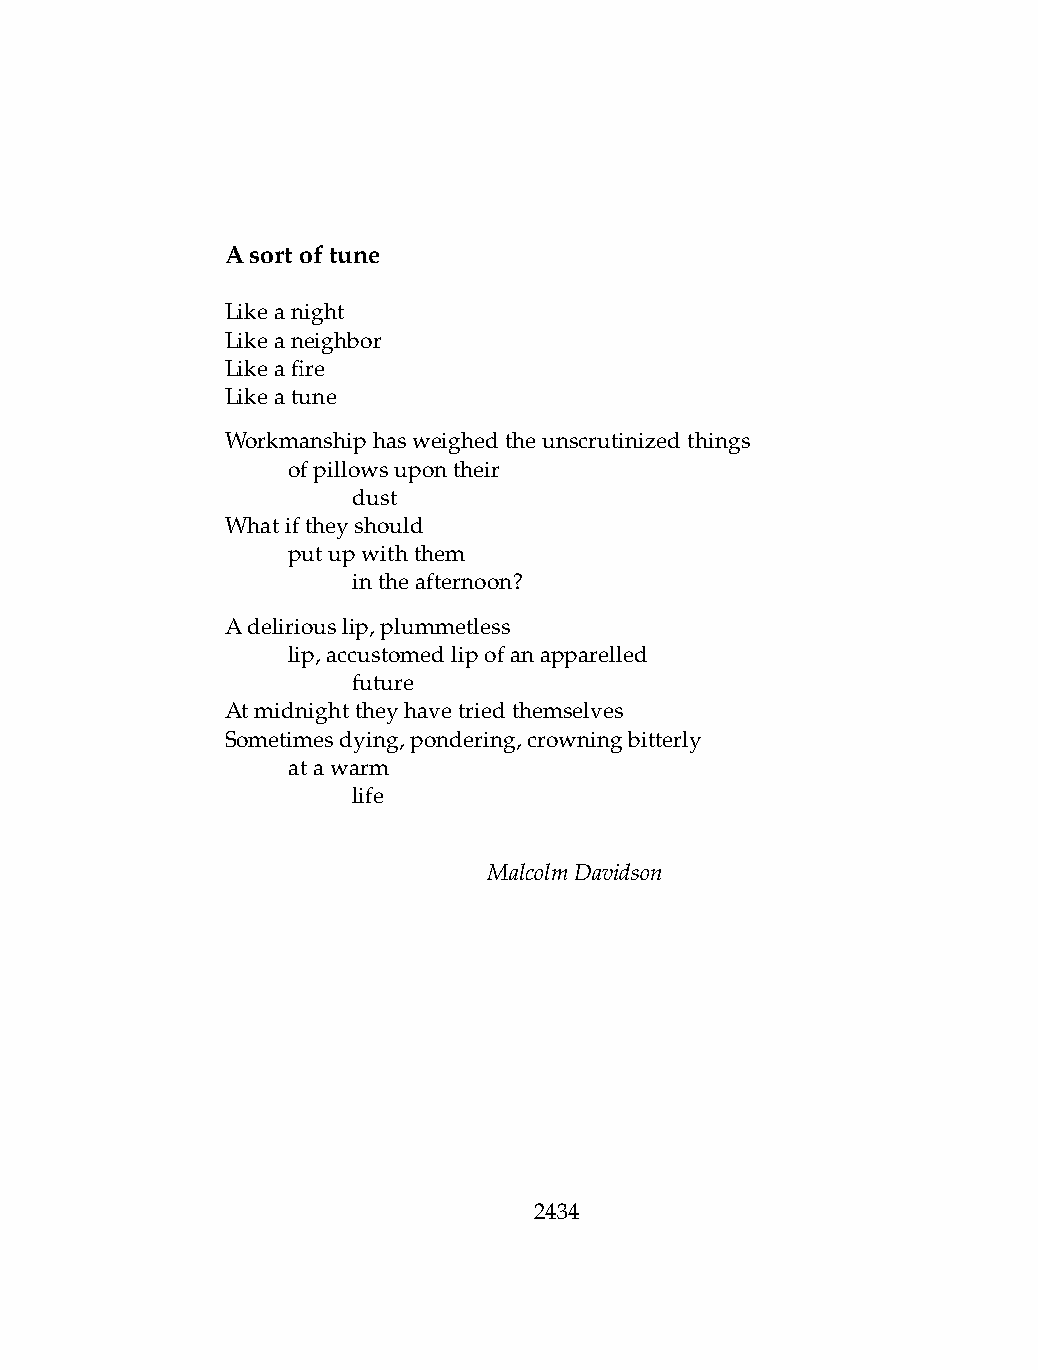
Asortoftune
 Likeanight
 Likeaneighbor
 Likeafire
 Likeatune
 Workmanshiphasweighedtheunscrutinizedthings
 .   ofpillowsupontheir
 .   .   dust
 Whatiftheyshould
 .   putupwiththem
 .   .   intheafternoon?
 Adeliriouslip,plummetless
 .   lip,accustomedlipofanapparelled
 .   .   future
 Atmidnighttheyhavetriedthemselves
 Sometimesdying,pondering,crowningbitterly
 .   atawarm
 .   .   life
 MalcolmDavidson
 2434